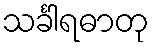
သင်္ခါရဓာတု